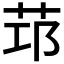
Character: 𦭭